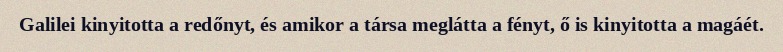
Galilei kinyitotta a redőnyt, és amikor a társa meglátta a fényt, ő is kinyitotta a magáét.